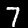
Label: 7